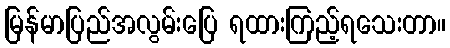
မြန်မာပြည်အလွမ်းပြေ ရထားကြည့်ရသေးတာ။